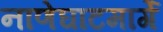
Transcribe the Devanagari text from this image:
नाणेघाटमार्गे